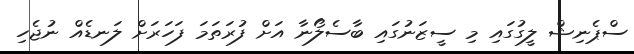
ސްޕެނިޝް ލީގުގައި މި ސީޒަނުގައި ބާސެލޯނާ އަށް ފުރަތަމަ ފަހަރަށް ލަނޑެއް ނުޖެހި